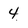
Character: 4